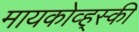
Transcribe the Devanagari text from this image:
मायकोव्ह्‌स्की